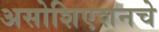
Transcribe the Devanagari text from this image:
असोशिएशनचे